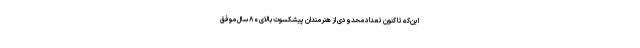
این‌که تا کنون تعداد محدودی از هنرمندان پیشکسوت بالای ۸۰ سال موفق